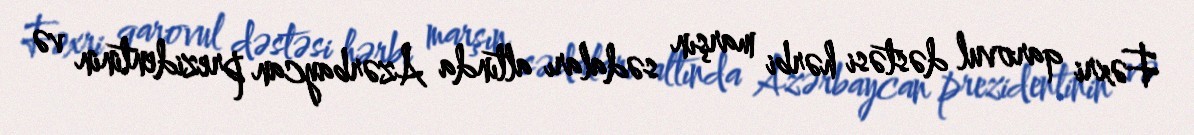
Fəxri qarovul dəstəsi hərbi marşın sədaları altında Azərbaycan prezidentinin və